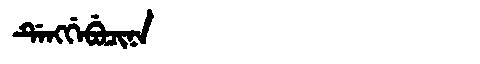
Manchu: ᡩᡝᠩᡤᡝᠪᡠᠴᡳᠨᠠ
Romanization: DENGGEBUCINA